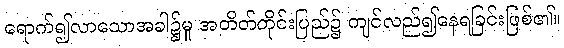
ရောက်၍လာသောအခါ၌မူ အတိတ်တိုင်းပြည်၌ ကျင်လည်၍နေရခြင်းဖြစ်၏။